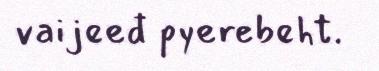
vaijeeđ pyerebeht.